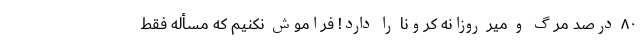
۸۰ درصد مرگ و میر روزانه کرونا را دارد! فراموش نکنیم که مسأله فقط